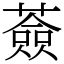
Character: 薟